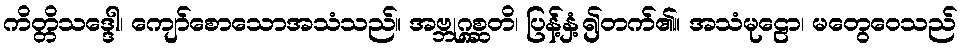
ကိတ္တိသဒ္ဒေါ၊ ကျော်စောသောအသံသည်။ အဗ္ဘုဂ္ဂစ္ဆတိ၊ ပြန့်နှံ့၍တက်၏။ အသံမုဠော၊ မတွေဝေသည်